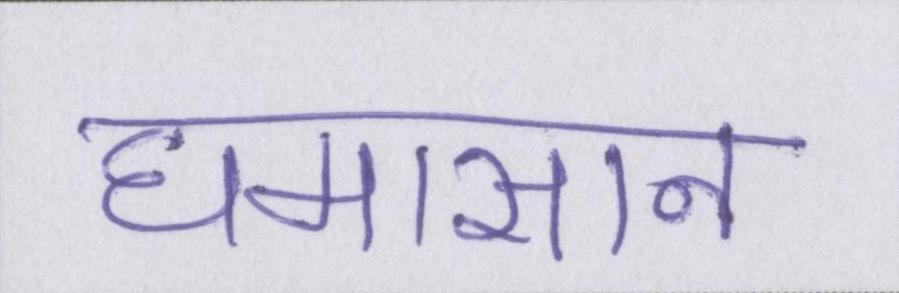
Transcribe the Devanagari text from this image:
घमासान